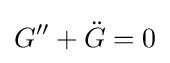
G^{\prime \prime }+{\ddot {G}}=0